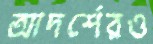
আদর্শেরও